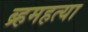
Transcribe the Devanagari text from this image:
ब्र्हमहत्या